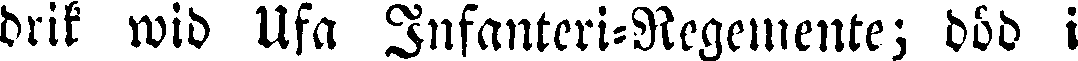
drik wid Ufa Infanteri-Regemente; död i